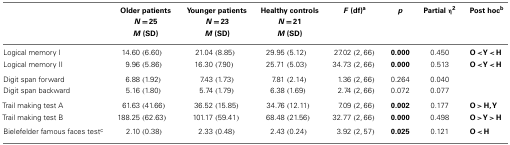
|  | Older patients | Younger patients | Healthy controls | F (df)a | p | Partial η2 | Post hocb |
 |  | N = 25 | N = 23 | N = 21 |  |
 |  | M (SD) | M (SD) | M (SD) |  |
 | --- | --- | --- | --- | --- | --- | --- | --- |
 | Logical memory I | 14.60 (6.60) | 21.04 (8.85) | 29.95 (5.12) | 27.02 (2, 66) | 0.000 | 0.450 | O < Y < H |
 | Logical memory II | 9.96 (5.86) | 16.30 (7.90) | 25.71 (5.03) | 34.73 (2, 66) | 0.000 | 0.513 | O < Y < H |
 | Digit span forward | 6.88 (1.92) | 7.43 (1.73) | 7.81 (2.14) | 1.36 (2, 66) | 0.264 | 0.040 |  |
 | Digit span backward | 5.16 (1.80) | 5.74 (1.79) | 6.38 (1.69) | 2.74 (2, 66) | 0.072 | 0.077 |  |
 | Trail making test A | 61.63 (41.66) | 36.52 (15.85) | 34.76 (12.11) | 7.09 (2, 66) | 0.002 | 0.177 | O > H, Y |
 | Trail making test B | 188.25 (62.63) | 101.17 (59.41) | 68.48 (21.56) | 32.77 (2, 66) | 0.000 | 0.498 | O > Y > H |
 | Bielefelder famous faces testc | 2.10 (0.38) | 2.33 (0.48) | 2.43 (0.24) | 3.92 (2, 57) | 0.025 | 0.121 | O < H |